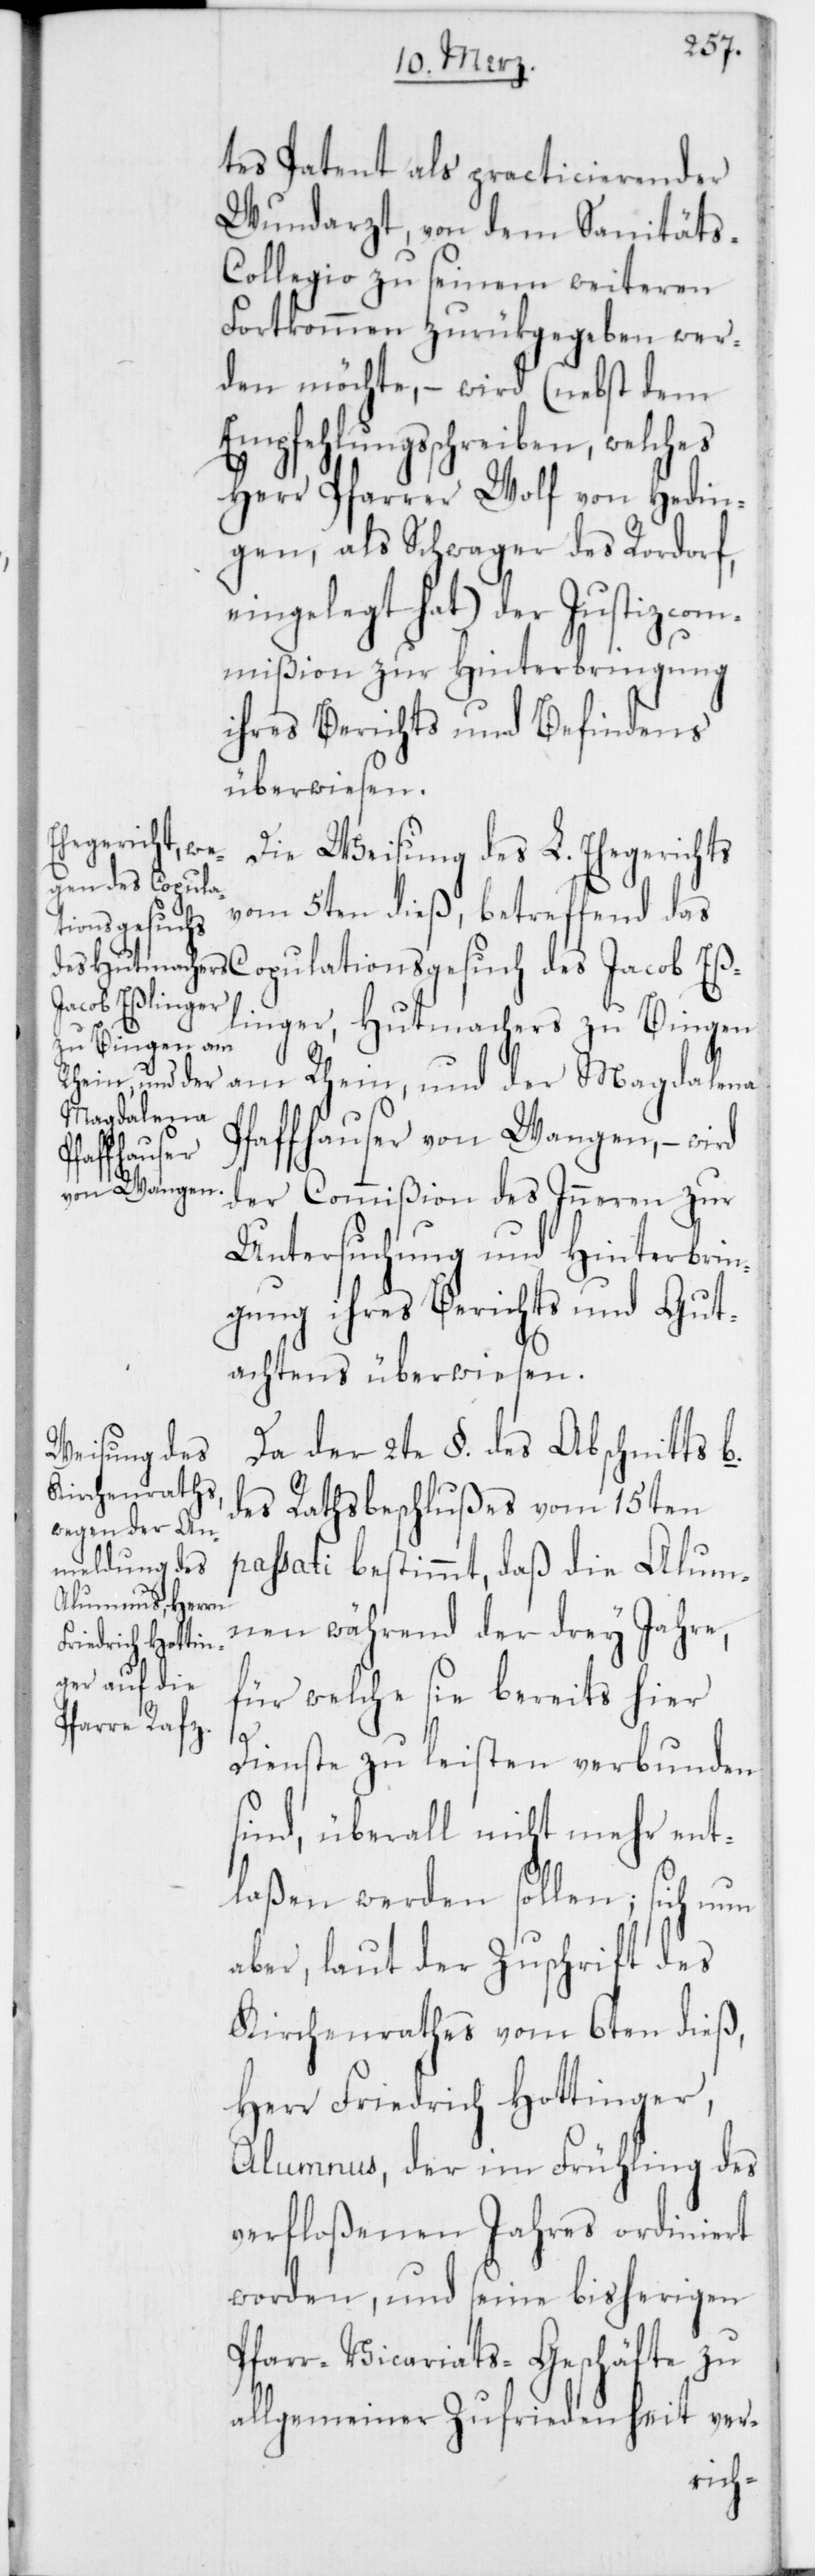
tes Patent als practicierender
Wundarzt, von dem Sanitäts-C¬
ollegio zu seinem weiteren
Fortkommen zurükgegeben wer¬
den möchte, – wird (nebst dem
Empfehlungsschreiben, welches
Herr Pfarrer Wolf von Hedin¬
gen, als Schwager des Rordorf,
eingelegt hat), der Justizcom¬
mißion zur Hinterbringung
ihres Berichts und Befindens
überwiesen.
Die Weisung des L. Ehegerichts
vom 5ten dieß, betreffend das
ionsgesuch
linger, Hutmachers zu Bingen
am Rhein, und der Magdalena
Pfaffhauser von Wangen, – wird
Copulat¬
der Commißion des Inneren zur
Untersuchung und Hinterbrin¬
gung ihres Berichts und Gut¬
achtens überwiesen.
Da der 2te §. des Abschnitts b.
des Rathsbeschlußes vom 15ten
passati bestimmt, daß die Alum¬
nen während der drey Jahre,
für welche sie bereits hier
Eß¬
Dienste zu leisten verbunden
sind, überall nicht mehr ent¬
laßen werden sollen; sich nun
aber, laut der Zuschrift des
Kirchenrathes vom 6ten dieß,
Herr Friedrich Hottinger,
Alumnus, der im Frühling des
verfloßenen Jahres ordiniert
worden, und seine bisherigen
Pfarr-Vicariats-Geschäfte zu
allgemeiner Zufriedenheit ver-